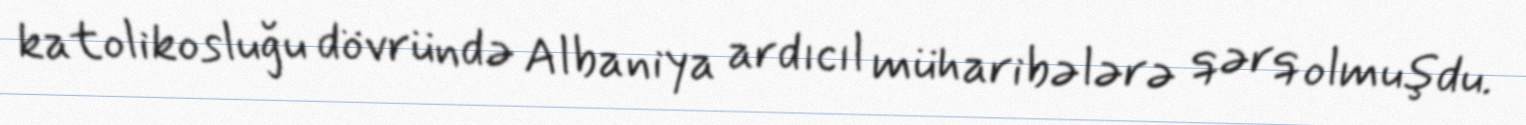
katolikosluğu dövründə Albaniya ardıcıl müharibələrə qərq olmuşdu.